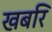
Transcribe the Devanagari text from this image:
खबरि